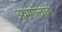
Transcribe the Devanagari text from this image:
अभंगांचाही